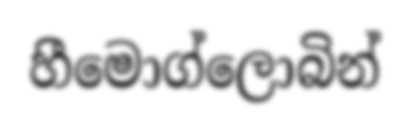
හීමොග්ලොබින්